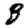
Digit: 8